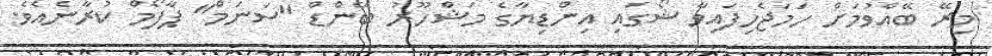
މިރޭ ބޭއްވުމަށް ހަމަޖެހިފައިވާ ޝޯގައި އިންޑިޔާގެ މަޝްހޫރު ބޭންޑް "ސަނަމް" ޕާފޯމް ކުރާނެއެވެ.